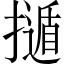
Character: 𢶿